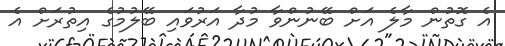
އެ ގޮތުން މާލެ އަށް ބޭނުންވާ މުދާ އަރުވައި ބޭލުމުުގެ އިތުރަށް އެ